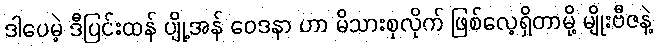
ဒါပေမဲ့ ဒီပြင်းထန် ပျို့အန် ဝေဒနာ ဟာ မိသားစုလိုက် ဖြစ်လေ့ရှိတာမို့ မျိုးဗီဇနဲ့